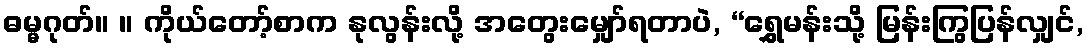
ဓမ္မဂုတ်။ ။ ကိုယ်တော့်စာက နုလွန်းလို့ အတွေးမျှော်ရတာပဲ, “ရွှေမန်းသို့ မြန်းကြွပြန်လျှင်,